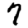
Digit: 7